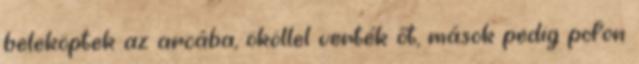
beleköptek az arcába, ököllel verték őt, mások pedig pofon